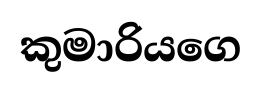
කුමාරියගෙ